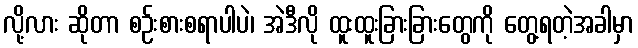
လို့လား ဆိုတာ စဉ်းစားစရာပါပဲ၊ အဲဒီလို ထူးထူးခြားခြားတွေကို တွေ့ရတဲ့အခါမှာ